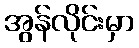
အွန်လိုင်းမှာ